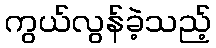
ကွယ်လွန်ခဲ့သည့်